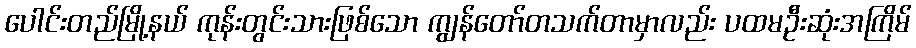
ပေါင်းတည်မြို့နယ် ကုန်းတွင်းသားဖြစ်သော ကျွန်တော်တသက်တာမှာလည်း ပထမဦးဆုံးအကြိမ်